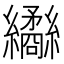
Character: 𦇹